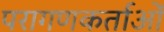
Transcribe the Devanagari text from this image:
परागणकर्ताओं